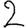
Digit: 2